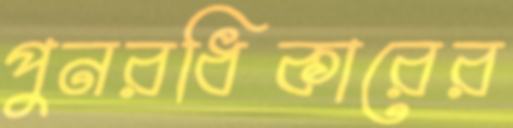
পুনরধিকারের